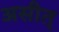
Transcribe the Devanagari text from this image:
असीत्